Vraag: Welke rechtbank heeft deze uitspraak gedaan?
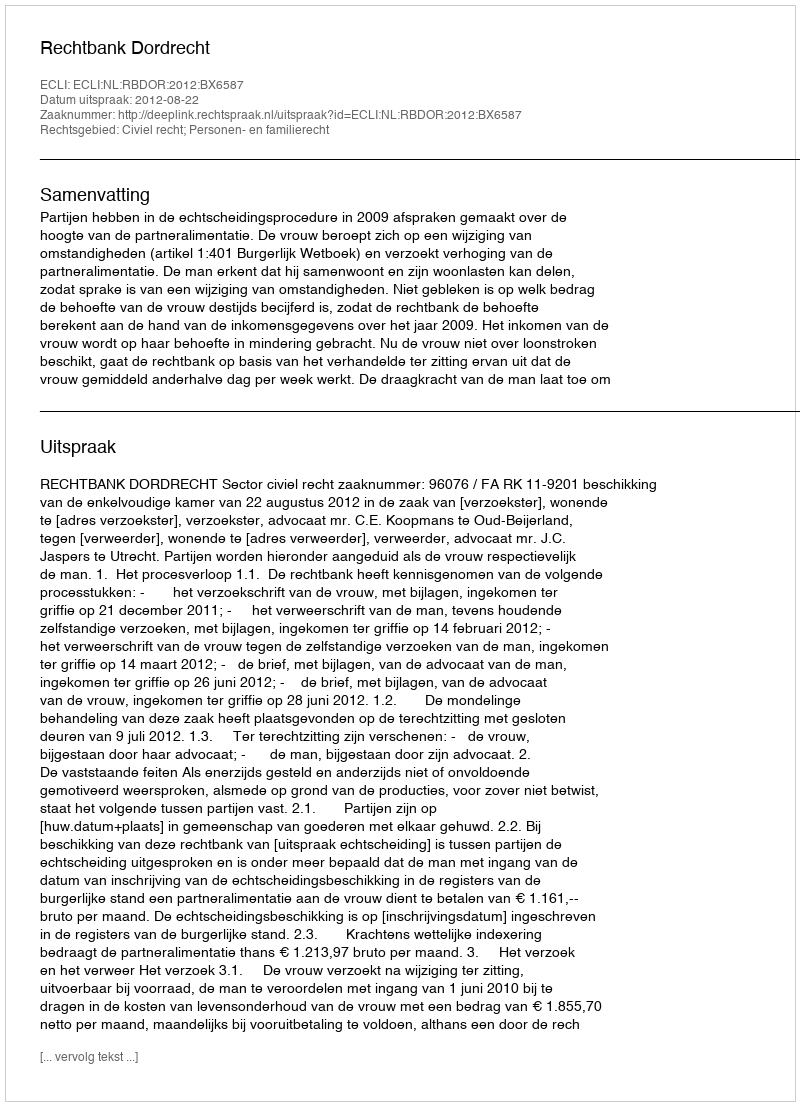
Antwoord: Rechtbank Dordrecht